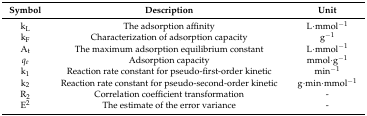
<table><thead><tr><td><b>Symbol</b></td><td><b>Description</b></td><td><b>Unit</b></td></tr></thead><tbody><tr><td>k<sub>L</sub></td><td>The adsorption affinity</td><td>L·mmol<sup>−1</sup></td></tr><tr><td>k<sub>F</sub></td><td>Characterization of adsorption capacity</td><td>g<sup>−1</sup></td></tr><tr><td>A<sub>t</sub></td><td>The maximum adsorption equilibrium constant</td><td>L·mmol<sup>−1</sup></td></tr><tr><td><i>q<sub>e</sub></i></td><td>Adsorption capacity</td><td>mmol·g<sup>−1</sup></td></tr><tr><td>k<sub>1</sub></td><td>Reaction rate constant for pseudo-first-order kinetic </td><td>min<sup>−1</sup></td></tr><tr><td>k<sub>2</sub></td><td>Reaction rate constant for pseudo-second-order kinetic</td><td>g·min·mmol<sup>−1</sup></td></tr><tr><td>R<sub>2</sub></td><td>Correlation coefficient transformation</td><td>-</td></tr><tr><td>E<sup>2</sup></td><td>The estimate of the error variance</td><td>-</td></tr></tbody></table>